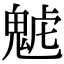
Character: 𩲼